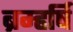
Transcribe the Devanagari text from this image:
ब्रम्हर्षि